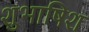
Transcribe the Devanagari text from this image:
शुभाषिश